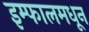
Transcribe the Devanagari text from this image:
इम्फालमधून